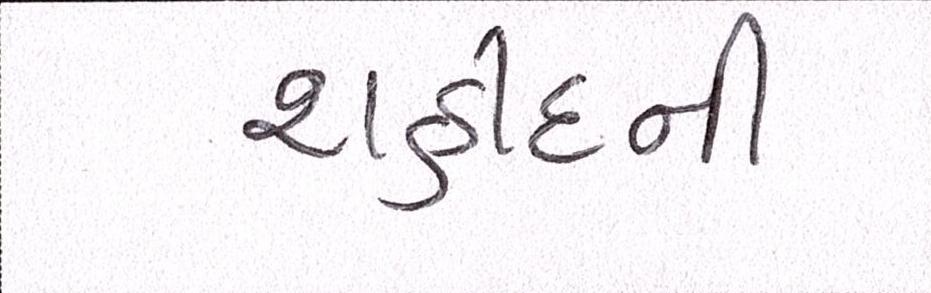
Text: શહીદની